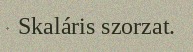
Skaláris szorzat.